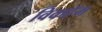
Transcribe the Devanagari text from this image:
विकहॅम